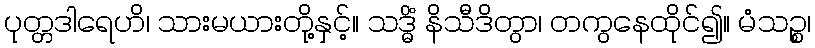
ပုတ္တဒါရေဟိ၊ သားမယားတို့နှင့်။ သဒ္ဓိံ နိသီဒိတွာ၊ တကွနေထိုင်၍။ မံသဉ္စ၊